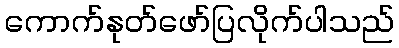
ကောက်နုတ်ဖော်ပြလိုက်ပါသည်